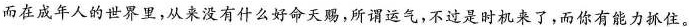
而在成年人的世界里，从来没有什么好命天赐，所谓运气，不过是时机来了，而你有能力抓住。